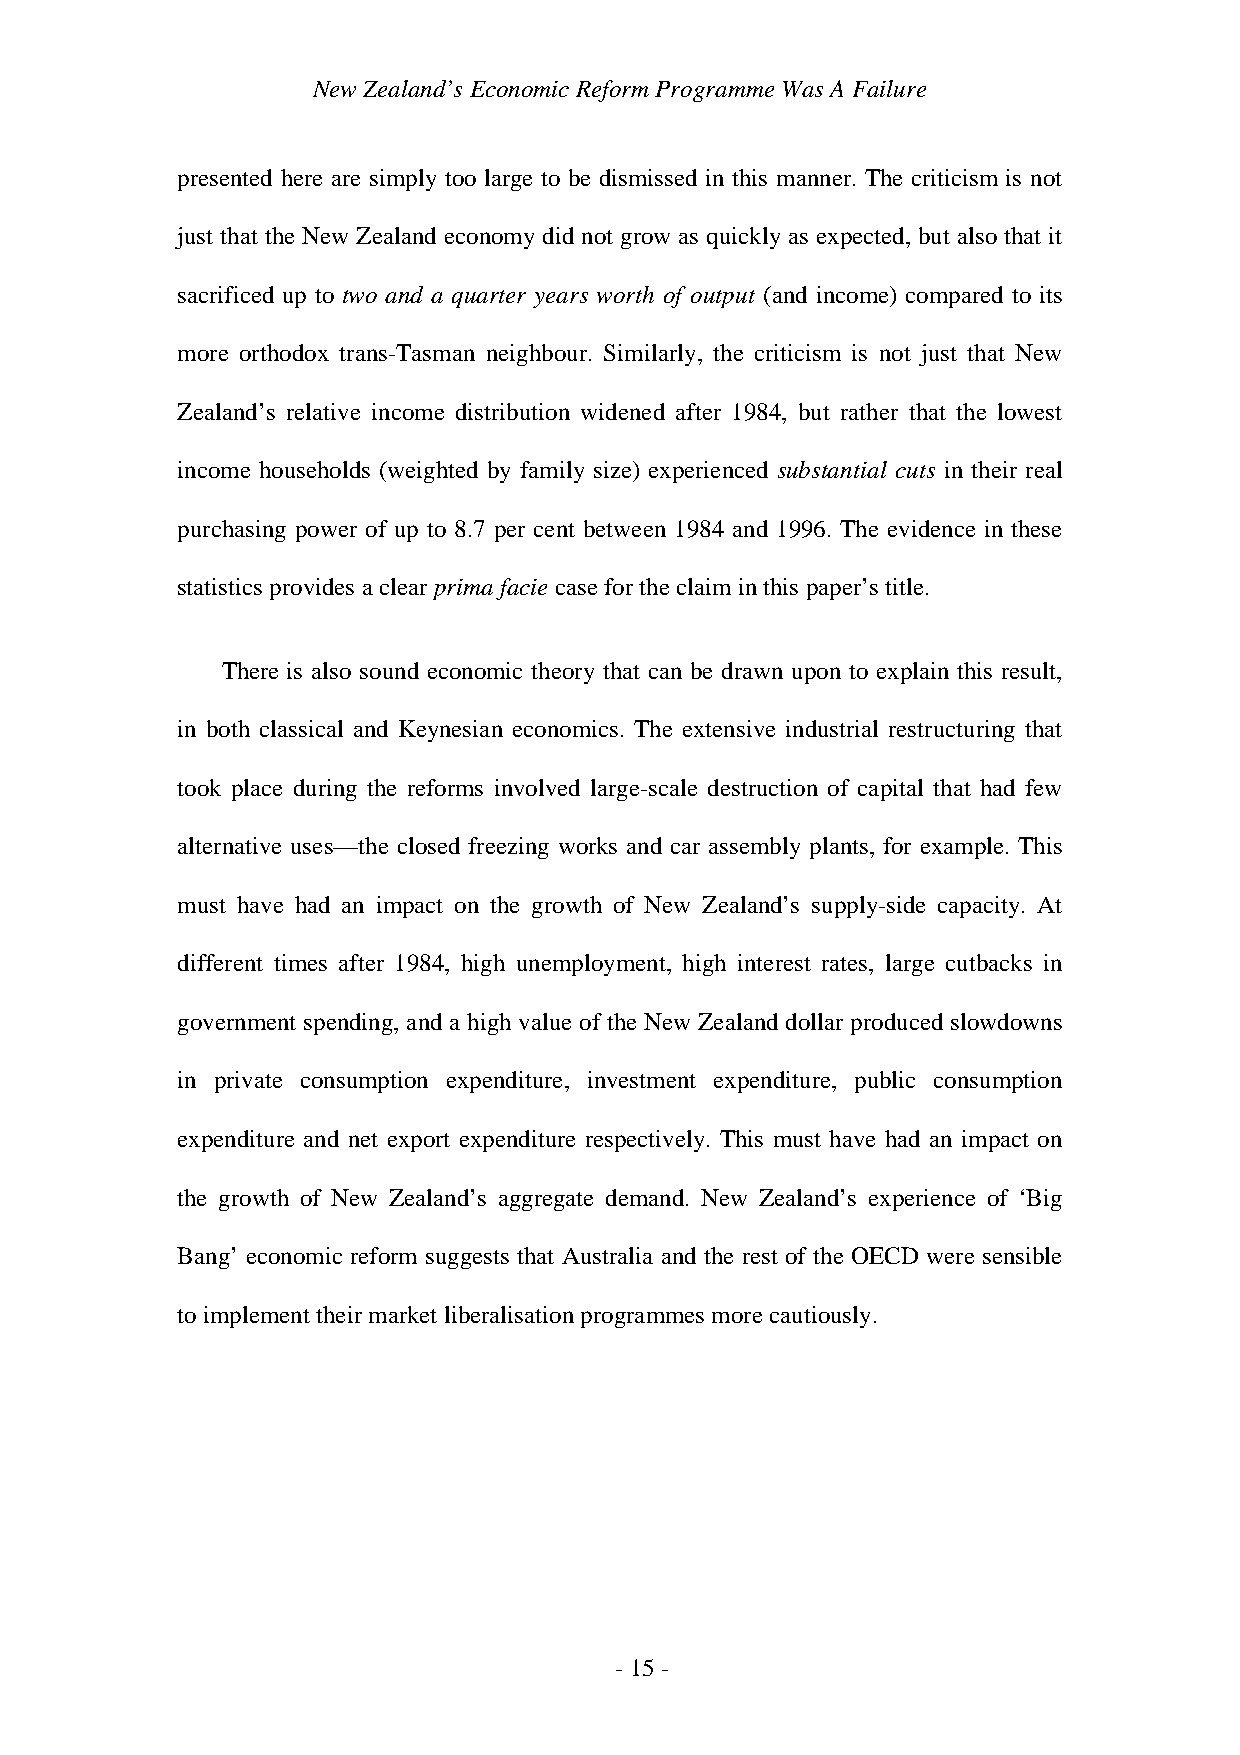
New Zealand’s Economic Reform Programme Was A Failure
 presented here are simply too large to be dismissed in this manner. The criticism is not
 just that the New Zealand economy did not grow as quickly as expected, but also that it
 sacrificed up to two and a quarter years worth of output (and income) compared to its
 more orthodox trans-Tasman neighbour. Similarly, the criticism is not just that New
 Zealand’s relative income distribution widened after 1984, but rather that the lowest
 income households (weighted by family size) experienced substantial cuts in their real
 purchasing power of up to 8.7 per cent between 1984 and 1996. The evidence in these
 statistics provides a clear prima facie case for the claim in this paper’s title.
 There is also sound economic theory that can be drawn upon to explain this result,
 in both classical and Keynesian economics. The extensive industrial restructuring that
 took place during the reforms involved large-scale destruction of capital that had few
 alternative uses—the closed freezing works and car assembly plants, for example. This
 must have had an impact on the growth of New Zealand’s supply-side capacity. At
 different times after 1984, high unemployment, high interest rates, large cutbacks in
 government spending, and a high value of the New Zealand dollar produced slowdowns
 in private consumption expenditure, investment expenditure, public consumption
 expenditure and net export expenditure respectively. This must have had an impact on
 the growth of New Zealand’s aggregate demand. New Zealand’s experience of ‘Big
 Bang’ economic reform suggests that Australia and the rest of the OECD were sensible
 to implement their market liberalisation programmes more cautiously.
 - 15 -